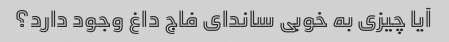
آیا چیزی به خوبی ساندای فاج داغ وجود دارد؟